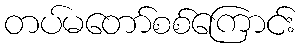
တပ်မတော်စစ်ကြောင်း